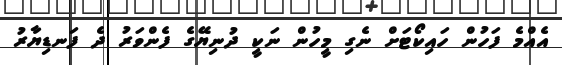
އެެއްމެ ފަހުން ހައިކޯޓަށް ނެގި މީހުން ނަކީ ދުނިޔޭގެ ފެންވަރު ދެ ފަނޑިޔާރު